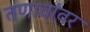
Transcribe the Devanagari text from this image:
तणावांवर